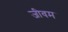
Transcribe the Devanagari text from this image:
जीवम